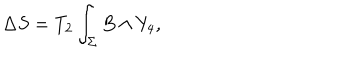
LaTeX: \Delta S = T _ { 2 } \int _ { \Sigma } B \wedge Y _ { 4 } ,